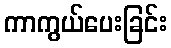
ကာကွယ်ပေးခြင်း